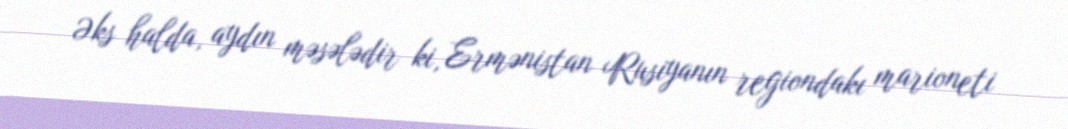
Əks halda, aydın məsələdir ki, Ermənistan Rusiyanın regiondakı marioneti